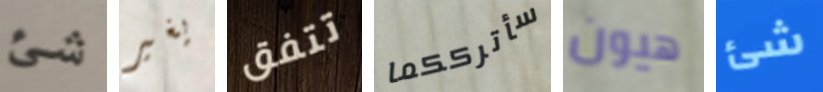
شئ يغير تتفق سأترككما هيون شئ